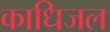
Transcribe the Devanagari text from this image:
काधिजल